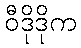
ဝီဒိုဒိုက